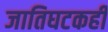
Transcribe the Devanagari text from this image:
जातिघटकही